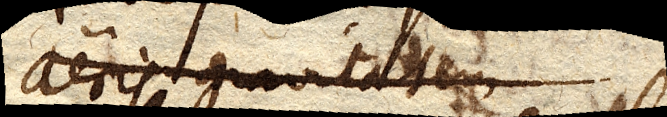
aeris gravitatem